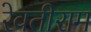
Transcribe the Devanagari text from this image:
रेवतीराम